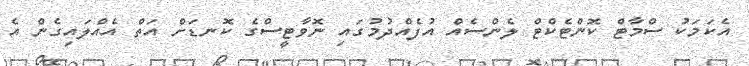
އެކަމަކު ސްމާޓް ކޮންޓެކްޓް ލެންސެއް އުފެއްދުމުގައި ނޮވާޓީސްގެ ކޮނޑަށް އަތް އެއްލައިގެން އެ